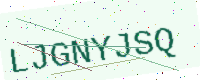
Text: LJGNYJSQ